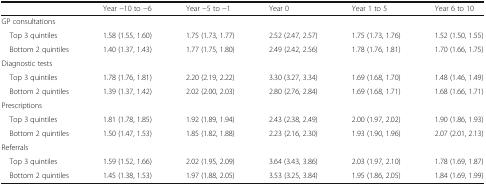
|  | Year −10 to −6 | Year −5 to −1 | Year 0 | Year 1 to 5 | Year 6 to 10 |
 | --- | --- | --- | --- | --- | --- |
 | <COLSPAN=6> GP consultations |
 | Top 3 quintiles | 1.58 (1.55, 1.60) | 1.75 (1.73, 1.77) | 2.52 (2.47, 2.57) | 1.75 (1.73, 1.76) | 1.52 (1.50, 1.55) |
 | Bottom 2 quintiles | 1.40 (1.37, 1.43) | 1.77 (1.75, 1.80) | 2.49 (2.42, 2.56) | 1.78 (1.76, 1.81) | 1.70 (1.66, 1.75) |
 | <COLSPAN=6> Diagnostic tests |
 | Top 3 quintiles | 1.78 (1.76, 1.81) | 2.20 (2.19, 2.22) | 3.30 (3.27, 3.34) | 1.69 (1.68, 1.70) | 1.48 (1.46, 1.49) |
 | Bottom 2 quintiles | 1.39 (1.37, 1.42) | 2.02 (2.00, 2.03) | 2.80 (2.76, 2.84) | 1.69 (1.68, 1.71) | 1.68 (1.66, 1.71) |
 | <COLSPAN=6> Prescriptions |
 | Top 3 quintiles | 1.81 (1.78, 1.85) | 1.92 (1.89, 1.94) | 2.43 (2.38, 2.49) | 2.00 (1.97, 2.02) | 1.90 (1.86, 1.93) |
 | Bottom 2 quintiles | 1.50 (1.47, 1.53) | 1.85 (1.82, 1.88) | 2.23 (2.16, 2.30) | 1.93 (1.90, 1.96) | 2.07 (2.01, 2.13) |
 | <COLSPAN=6> Referrals |
 | Top 3 quintiles | 1.59 (1.52, 1.66) | 2.02 (1.95, 2.09) | 3.64 (3.43, 3.86) | 2.03 (1.97, 2.10) | 1.78 (1.69, 1.87) |
 | Bottom 2 quintiles | 1.45 (1.38, 1.53) | 1.97 (1.88, 2.05) | 3.53 (3.25, 3.84) | 1.95 (1.86, 2.05) | 1.84 (1.69, 1.99) |